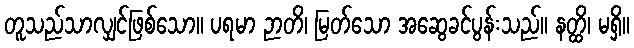
တူသည်သာလျှင်ဖြစ်သော။ ပရမာ ဉာတိ၊ မြတ်သော အဆွေခင်ပွန်းသည်။ နတ္ထိ၊ မရှိ။